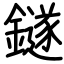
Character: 鐩